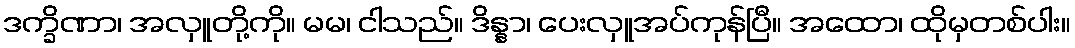
ဒက္ခိဏာ၊ အလှူတို့ကို။ မမ၊ ငါသည်။ ဒိန္နာ၊ ပေးလှူအပ်ကုန်ပြီ။ အထော၊ ထိုမှတစ်ပါး။